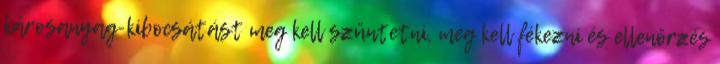
károsanyag-kibocsátást meg kell szüntetni, meg kell fékezni és ellenőrzés